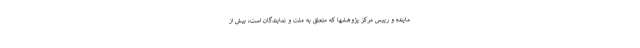
ماینده و رییس مرکز پژوهشها که متعلق به ملت و نمایندگان است، بیش از